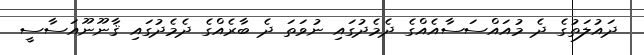
ދައުލަތުގެ ދެ މުއައްސަސާއެއްގެ ދެމެދުގައި ނުވަތަ ދެ ބާރެއްގެ ދެމެދުގައި ޤާނޫނޫއަސާސީ